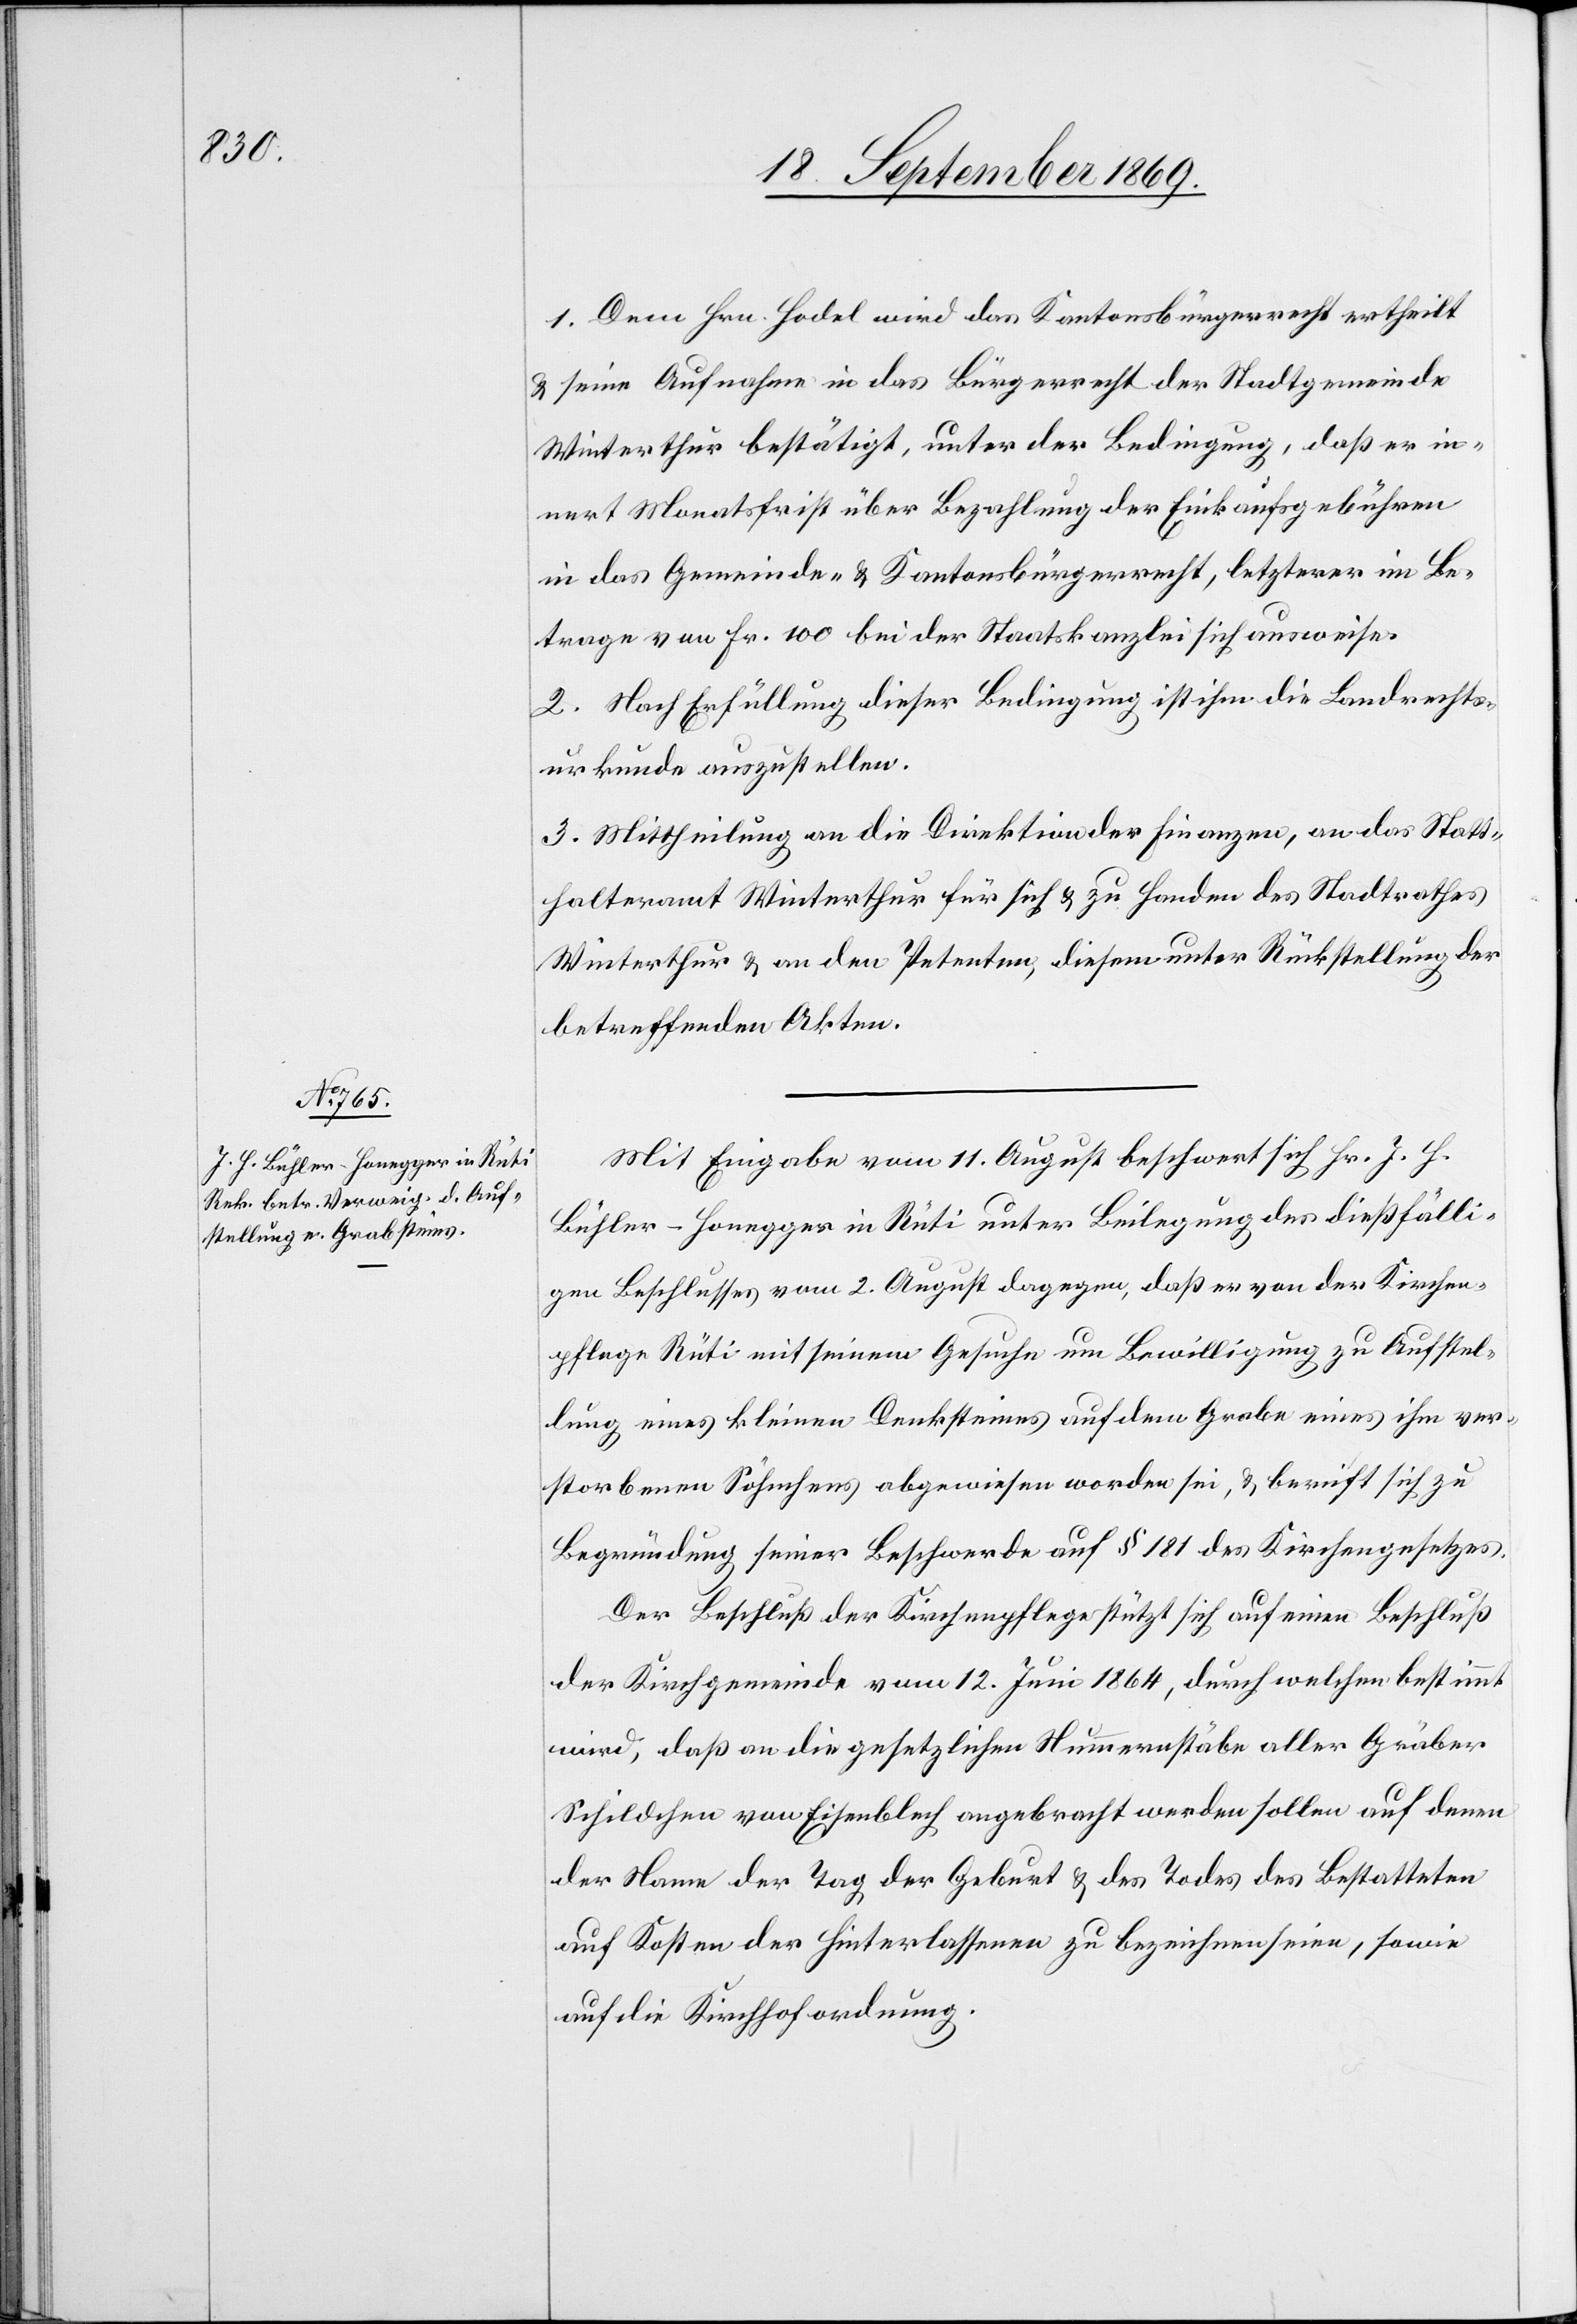
1. Dem Hrn. Hodel wird das Kantonsbürgerrecht ertheilt
& seine Aufnahme in das Bürgerrecht der Stadtgemeinde
Winterthur bestätigt, unter der Bedingung, daß er in¬
nert Monatsfrist über Bezahlung der Einkaufsgebühren
in das Gemeinde- & Kantonsbürgerrecht, letzterer im Be¬
trage von Fr. 100 bei der Staatskanzlei sich ausweise.
2. Nach Erfüllung dieser Bedingung ist ihm die Landrechts¬
urkunde auszustellen.
3. Mittheilung an die Direktion der Finanzen, an das Statt¬
halteramt Winterthur für sich & zu Handen des Stadtrathes
Winterthur & an den Petenten, diesem unter Rückstellung der
betreffenden Akten.
Mit Eingabe vom 11. August beschwert sich Hr. J. H.
Bühler-Honegger in Rüti unter Beilegung des dießfälli¬
gen Beschlusses vom 2. August dagegen, daß er von der Kirchen¬
pflege Rüti mit seinem Gesuche um Bewilligung zu Aufstel¬
lung eines kleinen Denksteines auf dem Grabe eines ihm ver¬
storbenen Söhnchens abgewiesen worden sei, & beruft sich zu
Begründung seiner Beschwerde auf § 181 des Kirchengesetzes.
Der Beschluß der Kirchenpflege stützt sich auf einen Beschluß
der Kirchgemeinde vom 12. Juni 1864, durch welchen bestimmt
wird, daß an die gesetzlichen Nummernstäbe aller Gräber
Schildchen von Eisenblech angebracht werden sollen auf denen
der Name[,] der Tag der Geburt & des Todes des Bestatteten
auf Kosten der Hinterlassenen zu bezeichnen seien, sowie
auf die Kirchhofordnung.